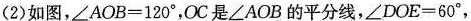
(2)如图，$$\angle AOB=120^{\circ}$$，OC是\angle AOB的平分线，$$\angle DOE=60^{\circ}$$，